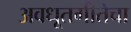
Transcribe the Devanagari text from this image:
अवधूतगीतेचा